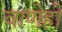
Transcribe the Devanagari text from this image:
वाणेही